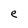
Character: e